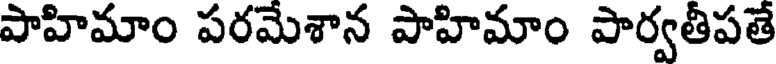
పాహిమాం పరమేశాన పాహిమాం పార్వతీపతే